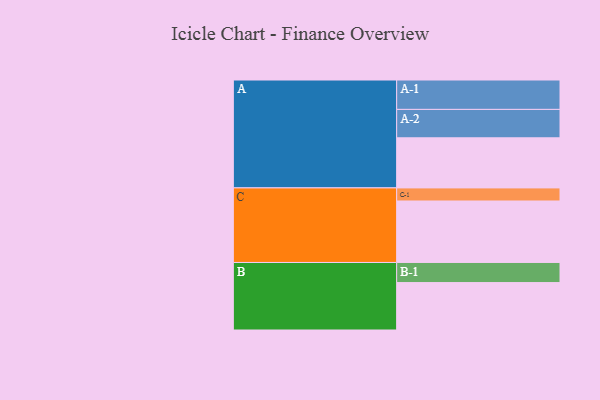
{"axis": {"x": "Segment", "y": "Value"}, "legend": ["", "A", "B", "C"], "data": [{"x": "A", "y": 356, "type": ""}, {"x": "B", "y": 337, "type": ""}, {"x": "C", "y": 437, "type": ""}, {"x": "A-1", "y": 209, "type": "A"}, {"x": "A-2", "y": 202, "type": "A"}, {"x": "B-1", "y": 143, "type": "B"}, {"x": "C-1", "y": 93, "type": "C"}]}